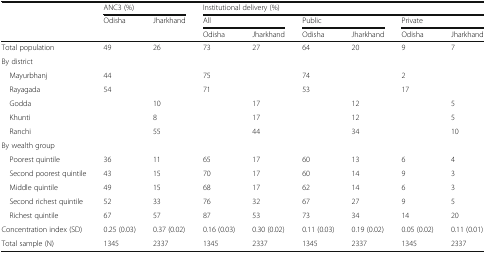
<table><thead><tr><td rowspan="3"></td><td colspan="2"><b>ANC3 (%)</b></td><td colspan="6"><b>Institutional delivery (%)</b></td></tr><tr><td rowspan="2"><b>Odisha</b></td><td rowspan="2"><b>Jharkhand</b></td><td colspan="2"><b>All</b></td><td colspan="2"><b>Public</b></td><td colspan="2"><b>Private</b></td></tr><tr><td><b>Odisha</b></td><td><b>Jharkhand</b></td><td><b>Odisha</b></td><td><b>Jharkhand</b></td><td><b>Odisha</b></td><td><b>Jharkhand</b></td></tr></thead><tbody><tr><td>Total population</td><td>49</td><td>26</td><td>73</td><td>27</td><td>64</td><td>20</td><td>9</td><td>7</td></tr><tr><td colspan="9">By district</td></tr><tr><td> Mayurbhanj</td><td>44</td><td></td><td>75</td><td></td><td>74</td><td></td><td>2</td><td></td></tr><tr><td> Rayagada</td><td>54</td><td></td><td>71</td><td></td><td>53</td><td></td><td>17</td><td></td></tr><tr><td> Godda</td><td></td><td>10</td><td></td><td>17</td><td></td><td>12</td><td></td><td>5</td></tr><tr><td> Khunti</td><td></td><td>8</td><td></td><td>17</td><td></td><td>12</td><td></td><td>5</td></tr><tr><td> Ranchi</td><td></td><td>55</td><td></td><td>44</td><td></td><td>34</td><td></td><td>10</td></tr><tr><td colspan="9">By wealth group</td></tr><tr><td> Poorest quintile</td><td>36</td><td>11</td><td>65</td><td>17</td><td>60</td><td>13</td><td>6</td><td>4</td></tr><tr><td> Second poorest quintile</td><td>43</td><td>15</td><td>70</td><td>17</td><td>60</td><td>14</td><td>9</td><td>3</td></tr><tr><td> Middle quintile</td><td>49</td><td>15</td><td>68</td><td>17</td><td>62</td><td>14</td><td>6</td><td>3</td></tr><tr><td> Second richest quintile</td><td>52</td><td>33</td><td>76</td><td>32</td><td>67</td><td>27</td><td>9</td><td>5</td></tr><tr><td> Richest quintile</td><td>67</td><td>57</td><td>87</td><td>53</td><td>73</td><td>34</td><td>14</td><td>20</td></tr><tr><td>Concentration index (SD)</td><td>0.25 (0.03)</td><td>0.37 (0.02)</td><td>0.16 (0.03)</td><td>0.30 (0.02)</td><td>0.11 (0.03)</td><td>0.19 (0.02)</td><td>0.05 (0.02)</td><td>0.11 (0.01)</td></tr><tr><td>Total sample (N)</td><td>1345</td><td>2337</td><td>1345</td><td>2337</td><td>1345</td><td>2337</td><td>1345</td><td>2337</td></tr></tbody></table>